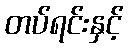
တပ်ရင်းနှင့်